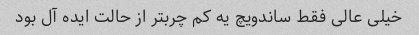
خیلی عالی فقط ساندویچ یه کم چربتر از حالت ایده آل بود